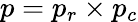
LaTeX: p=p_{r}\times p_{c}